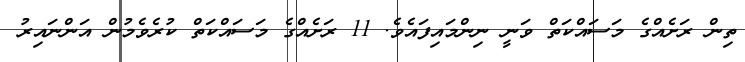
ތިން ރަށެއްގެ މަސައްކަތް ވަނީ ނިންމައިފައެވެ. 11 ރަށެއްގެ މަސައްކަތް ކުރެވެމުން އަންނައިރު